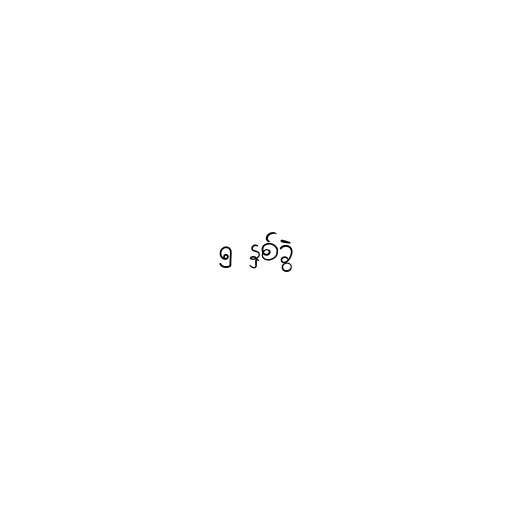
၅ နှစ်ခွဲ